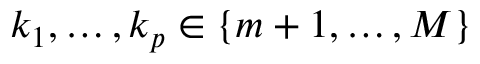
k _ { 1 } , \hdots , k _ { p } \in \{ m + 1 , \hdots , M \}